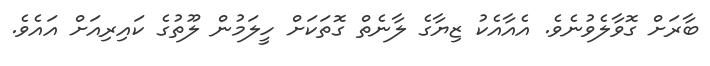
ބާރަށް ގޮވާލެވުނެވެ. އެއާއެކު ޒިޔާގެ ލާނެތް ގޮތަކަށް ހީލަމުން ލޫތުގެ ކައިރިއަށް އައެވެ.